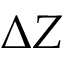
\Delta { Z }